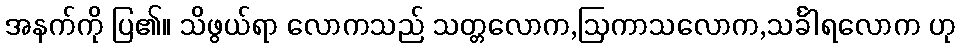
အနက်ကို ပြ၏။ သိဖွယ်ရာ လောကသည် သတ္တလောက,ဩကာသလောက,သင်္ခါရလောက ဟု